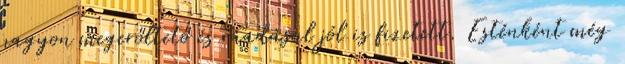
nagyon megerőltető és ráadásul jól is fizetett. Esténként még